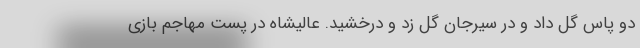
دو پاس گل داد و در سیرجان گل زد و درخشید. عالیشاه در پست مهاجم بازی